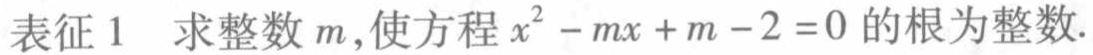
表征 1 求整数 \(m\),使方程 \(x^{2}-mx + m - 2 = 0\)的根为整数.